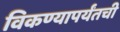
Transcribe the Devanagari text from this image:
विकण्यापर्यंतची